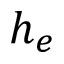
h _ { e }